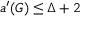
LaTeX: a ^ { \prime } ( G ) \leq \Delta + 2